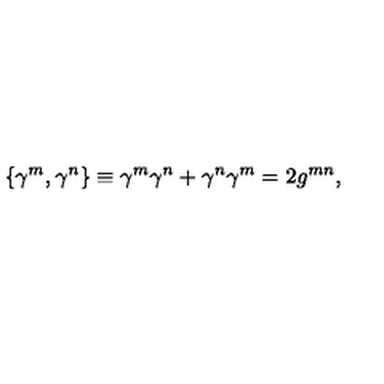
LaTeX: \{ \gamma ^ { m } , \gamma ^ { n } \} \equiv \gamma ^ { m } \gamma ^ { n } + \gamma ^ { n } \gamma ^ { m } = 2 g ^ { m n } ,